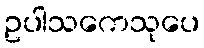
ဥပါသကေသုပေ